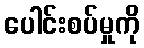
ပေါင်းစပ်မှုကို